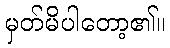
မှတ်မိပါတော့၏။